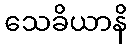
သေခိယာနိ